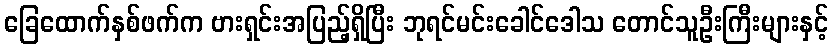
ခြေထောက်နှစ်ဖက်က ဗားရှင်းအပြည့်ရှိပြီး ဘုရင်မင်းခေါင်ဒေါသ တောင်သူဦးကြီးများနှင့်